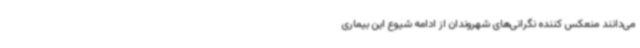
می‌دانند منعکس کننده نگرانی‌های شهروندان از ادامه شیوع این بیماری